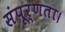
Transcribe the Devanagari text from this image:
संपूर्णता।